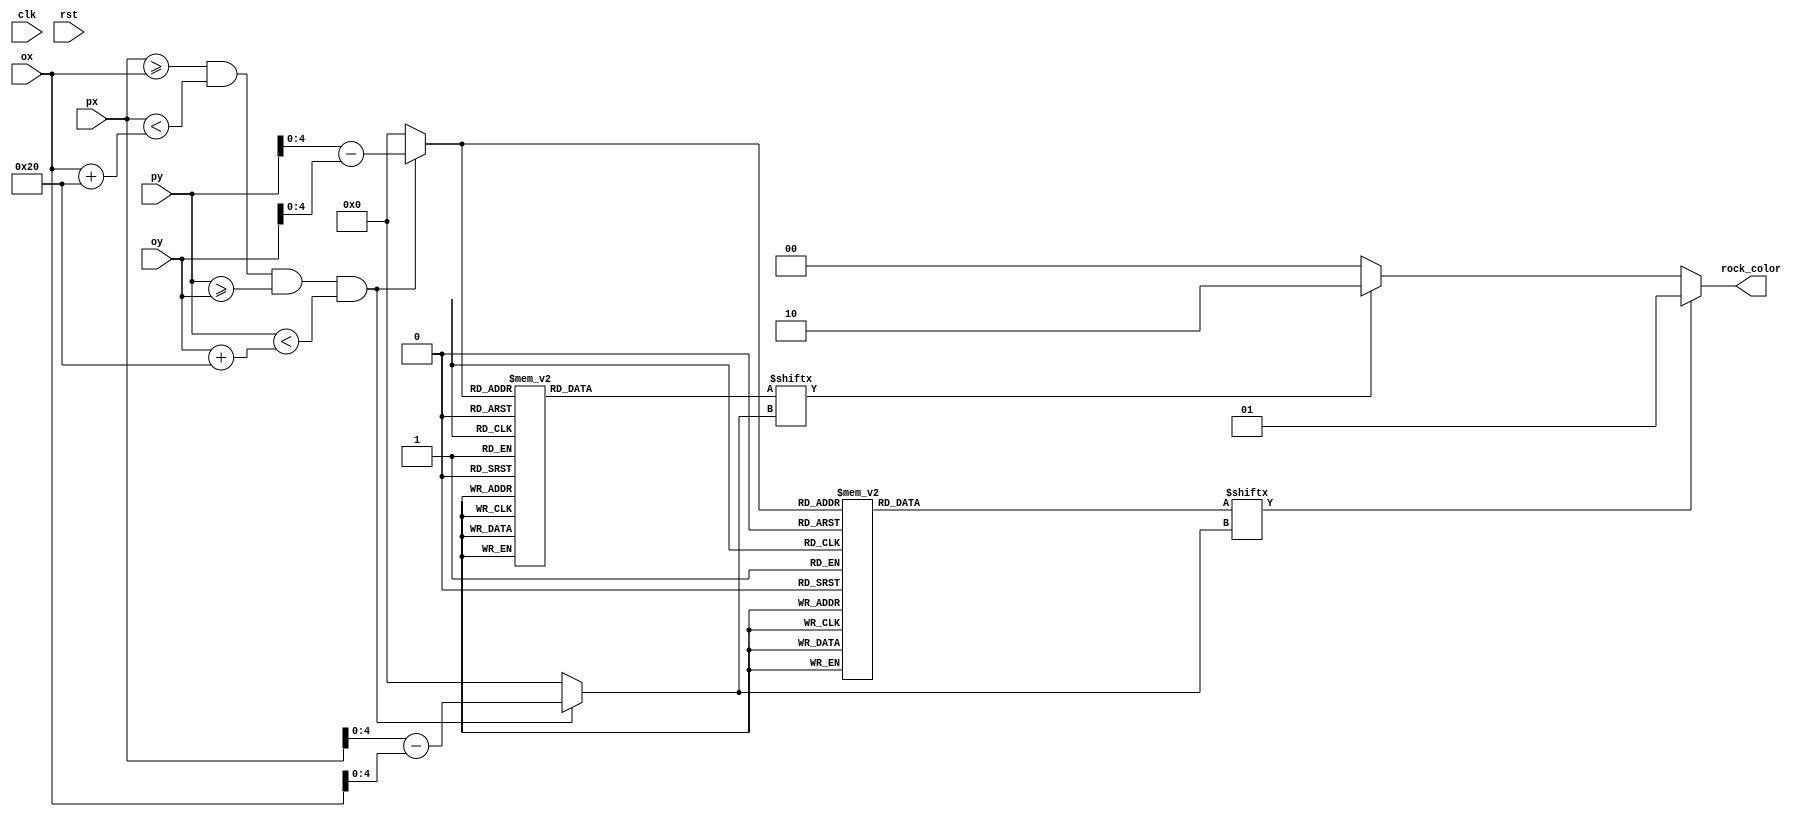
module rockpixel
    (input wire clk,
    input wire rst,
    input wire [10:0]  ox,
    input wire [10:0]  oy,
    input wire [10:0]  px,
    input wire [10:0]  py,
    output wire [1:0]  rock_color);

   wire 	             inobj;
   wire [4:0]  		 rock_y, rock_x;
	
   reg [31:0] 	       rom_data_brown, rom_data_orange;
   wire [4:0] 	       rom_addr;
   wire               rom_bit_brown, rom_bit_orange;
	
   
   assign inobj      = (px >= ox) && (px < ox + 11'd32) && (py >=  oy) && (py < oy + 11'd32);
   
   assign rock_x     = inobj ? px - ox : 0;
   assign rock_y     = inobj ? py - oy : 0;
   
   assign rom_addr   = rock_y;
   assign rom_bit_brown    = rom_data_brown[rock_x];
   assign rom_bit_orange    = rom_data_orange[rock_x];
   
   assign rock_color = (rom_bit_brown) ? 2'd1 : 
                       (rom_bit_orange) ? 2'd2 : 2'd0;
                        

   always @*
     case (rom_addr)
       5'h00: rom_data_brown = 32'b00000000000000000000000000000000; 
       5'h01: rom_data_brown = 32'b00000000000000000000000000000000; 
       5'h02: rom_data_brown = 32'b00000000000000000000000000000000; 
       5'h03: rom_data_brown = 32'b00000000000000000000000000000000; 
       5'h04: rom_data_brown = 32'b00000000000000000000000000000000; 
       5'h05: rom_data_brown = 32'b00000000000000000000000000000000; 
       5'h06: rom_data_brown = 32'b00000000000000000000000000000000; 
       5'h07: rom_data_brown = 32'b00000000000000000000000000000000; 
       5'h08: rom_data_brown = 32'b00000000000000000000000000000000; 
       5'h09: rom_data_brown = 32'b00000000000000000000000000000000; 
       5'h0a: rom_data_brown = 32'b00000000000000000000000000000000; 
       5'h0b: rom_data_brown = 32'b00000000000000000000000000000000; 
       5'h0c: rom_data_brown = 32'b00000000000000000000000000000000; 
       5'h0d: rom_data_brown = 32'b00000000000001111110000000000000; 
       5'h0e: rom_data_brown = 32'b00000000000111111111100000000000; 
       5'h0f: rom_data_brown = 32'b00000000001111111111110000000000; 
       5'h10: rom_data_brown = 32'b00000000011111111111111000000000; 
       5'h11: rom_data_brown = 32'b00000000011111111111111000000000; 
       5'h12: rom_data_brown = 32'b00000000111111111111111100000000; 
       5'h13: rom_data_brown = 32'b00000000111111111111111100000000;
       5'h14: rom_data_brown = 32'b00000000111111111111111100000000;
       5'h15: rom_data_brown = 32'b00000000111111111111111100000000;
       5'h16: rom_data_brown = 32'b00000000111111111111111100000000;
       5'h17: rom_data_brown = 32'b00000000011111111111111000000000; 
       5'h18: rom_data_brown = 32'b00000000011111111111111000000000; 
       5'h19: rom_data_brown = 32'b00000000001111111111110000000000; 
       5'h1a: rom_data_brown = 32'b00000000000111111111100000000000; 
       5'h1b: rom_data_brown = 32'b00000000000001111110000000000000; 
       5'h1c: rom_data_brown = 32'b00000000000000000000000000000000; 
       5'h1d: rom_data_brown = 32'b00000000000000000000000000000000; 
       5'h1e: rom_data_brown = 32'b00000000000000000000000000000000; 
       5'h1f: rom_data_brown = 32'b00000000000000000000000000000000; 
     endcase
     
   always @*
     case (rom_addr)
       5'h00: rom_data_orange = 32'b00000000000000000000000000000000; 
       5'h01: rom_data_orange = 32'b00000000000000000000000000000000; 
       5'h02: rom_data_orange = 32'b00000000000000000000000000000000; 
       5'h03: rom_data_orange = 32'b00000000000000000000000000000000; 
       5'h04: rom_data_orange = 32'b00000000000000000000000000000000; 
       5'h05: rom_data_orange = 32'b00000000000000000000000000000000; 
       5'h06: rom_data_orange = 32'b00000000000000100000000000000000; 
       5'h07: rom_data_orange = 32'b00000000000000110000000000000000; 
       5'h08: rom_data_orange = 32'b00000000000000111000000000000000; 
       5'h09: rom_data_orange = 32'b00000000000001111100000000000000; 
       5'h0a: rom_data_orange = 32'b00000000000011111110000000000000; 
       5'h0b: rom_data_orange = 32'b00000000000111111111000000000000; 
       5'h0c: rom_data_orange = 32'b00000000001111111111100000000000; 
       5'h0d: rom_data_orange = 32'b00000000001110000001111000000000; 
       5'h0e: rom_data_orange = 32'b00000000111000000000011000000000; 
       5'h0f: rom_data_orange = 32'b00000001110000000000001100000000; 
       5'h10: rom_data_orange = 32'b00000001100000000000000110000000; 
       5'h11: rom_data_orange = 32'b00000001100000000000000111000000; 
       5'h12: rom_data_orange = 32'b00000001000000000000000011000000; 
       5'h13: rom_data_orange = 32'b00000001000000000000000011000000;
       5'h14: rom_data_orange = 32'b00000001000000000000000011000000;
       5'h15: rom_data_orange = 32'b00000001000000000000000011000000;
       5'h16: rom_data_orange = 32'b00000001000000000000000011000000;
       5'h17: rom_data_orange = 32'b00000001100000000000000111000000; 
       5'h18: rom_data_orange = 32'b00000001100000000000000110000000; 
       5'h19: rom_data_orange = 32'b00000001110000000000001100000000; 
       5'h1a: rom_data_orange = 32'b00000000111000000000011000000000; 
       5'h1b: rom_data_orange = 32'b00000000011110000001110000000000; 
       5'h1c: rom_data_orange = 32'b00000000000111111111000000000000; 
       5'h1d: rom_data_orange = 32'b00000000000000000000000000000000; 
       5'h1e: rom_data_orange = 32'b00000000000000000000000000000000; 
       5'h1f: rom_data_orange = 32'b00000000000000000000000000000000; 
     endcase
     
endmodule